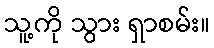
သူ့ကို သွား ရှာစမ်း။